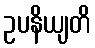
ဥပနိယျတိ